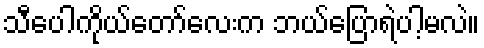
သီပေါကိုယ်တော်လေးက ဘယ်ပြောရဲပါ့မလဲ။